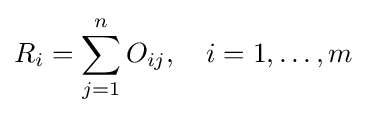
R_{i}=\sum _{j=1}^{n}O_{ij},\quad i=1,\dots ,m